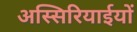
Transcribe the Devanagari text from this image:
अस्सिरियाईयों